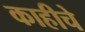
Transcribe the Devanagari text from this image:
काहीचे